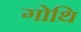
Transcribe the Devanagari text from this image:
गोथि